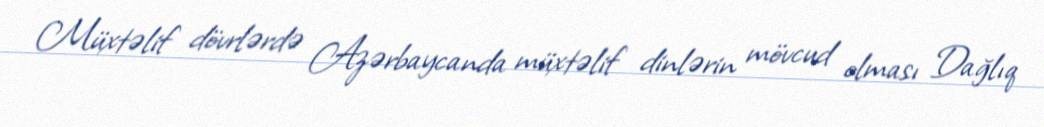
Müxtəlif dövrlərdə Azərbaycanda müxtəlif dinlərin mövcud olması Dağlıq